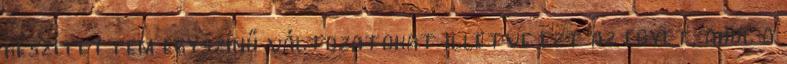
készítettem egyszínű változatokat illetve ezt az egyet, ahol a